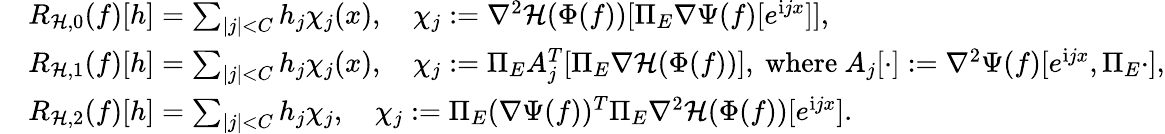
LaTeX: \begin{array}{rl}&{R_{\mathcal{H},0}(f)[h]=\sum_{|j|<C}h_{j}\chi_{j}(x),\quad\chi_{j}:=\nabla^{2}\mathcal{H}(\Phi(f))[\Pi_{E}\nabla\Psi(f)[e^{\mathrm{i}jx}]],}\\ &{R_{\mathcal{H},1}(f)[h]=\sum_{|j|<C}h_{j}\chi_{j}(x),\quad\chi_{j}:=\Pi_{E}A_{j}^{T}[\Pi_{E}\nabla\mathcal{H}(\Phi(f))],\mathrm{~where~}A_{j}[\cdot]:=\nabla^{2}\Psi(f)[e^{\mathrm{i}jx},\Pi_{E}\cdot],}\\ &{R_{\mathcal{H},2}(f)[h]=\sum_{|j|<C}h_{j}\chi_{j},\quad\chi_{j}:=\Pi_{E}(\nabla\Psi(f))^{T}\Pi_{E}\nabla^{2}\mathcal{H}(\Phi(f))[e^{\mathrm{i}jx}].}\end{array}